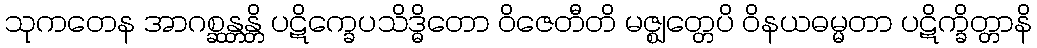
သုကတေန အာဂစ္ဆန္တန္တိ ပဋိက္ခေပသိဒ္ဓိတော ဝိဇေတီတိ မဇ္ဈတ္တေပိ ဝိနယဓမ္မတာ ပဋိက္ခိတ္တာနိ